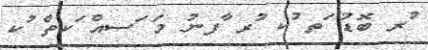
ުރ ބޮޑު ަތ ުކ ުރ ާފނު މަ ަސއް ަކތް ުކ